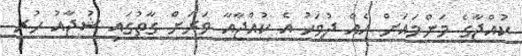
ކުއްޖާގެ މަންމައަށް އެއް ދުވަހު އެ ކުއްޖާއާ ވަރަށް ގާތުގައި ޝުޖާއު ހުރި